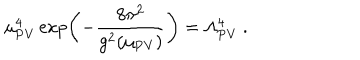
\mu _ { \mathrm { P V } } ^ { 4 } \exp \left( - { \frac { 8 \pi ^ { 2 } } { g ^ { 2 } ( \mu _ { \mathrm { P V } } ) } } \right) = \Lambda _ { \mathrm { P V } } ^ { 4 } \ .